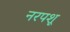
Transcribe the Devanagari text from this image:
नरपशू